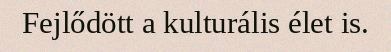
Fejlődött a kulturális élet is.